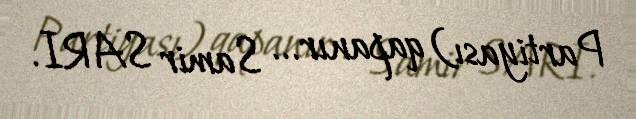
Partiyası) qapanır... Samir SARI.